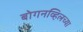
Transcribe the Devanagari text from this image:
बोगनव्हिलच्या